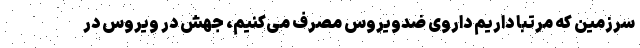
سرزمین که مرتبا داریم داروی ضدویروس مصرف می‌کنیم، جهش در ویروس در